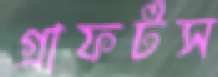
গ্রাফটস